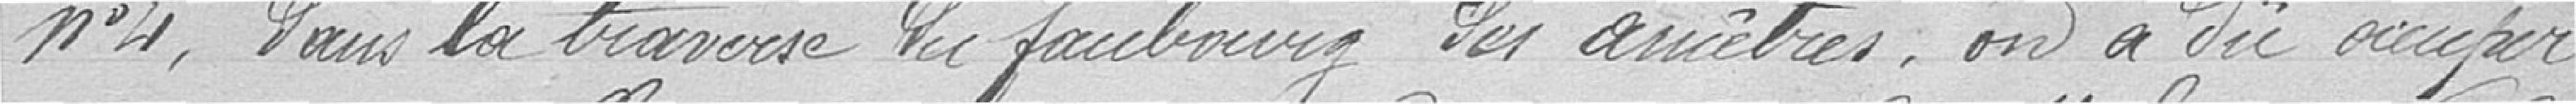
n°4, dans la traverse du faubourg des ancêtres, on a dû occuper